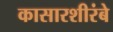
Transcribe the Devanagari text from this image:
कासारशीरंबे